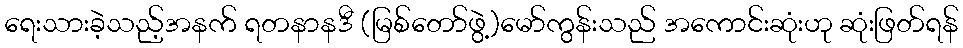
ရေးသားခဲ့သည့်အနက် ရတနာနဒီ (မြစ်တော်ဖွဲ့)မော်ကွန်းသည် အကောင်းဆုံးဟု ဆုံးဖြတ်ရန်